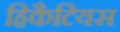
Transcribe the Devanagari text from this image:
हिकैटियस